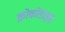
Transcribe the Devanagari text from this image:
क्रोकोडाइस